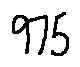
9 7 5